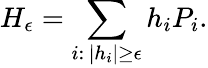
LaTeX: H_{\epsilon}=\sum_{i:\, |h_{i}|\geq\epsilon}h_{i}P_{i}.